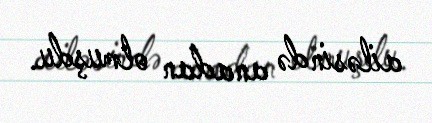
ailəsində anadan olmuşdu.